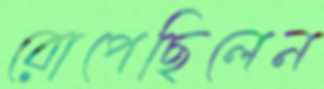
রোপেছিলেন